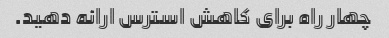
چهار راه برای کاهش استرس ارائه دهید.